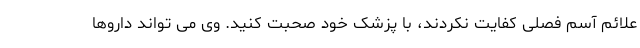
علائم آسم فصلی کفایت نکردند، با پزشک خود صحبت کنید. وی می تواند داروها